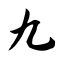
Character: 九